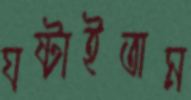
ঘষ্‌টাইতাম